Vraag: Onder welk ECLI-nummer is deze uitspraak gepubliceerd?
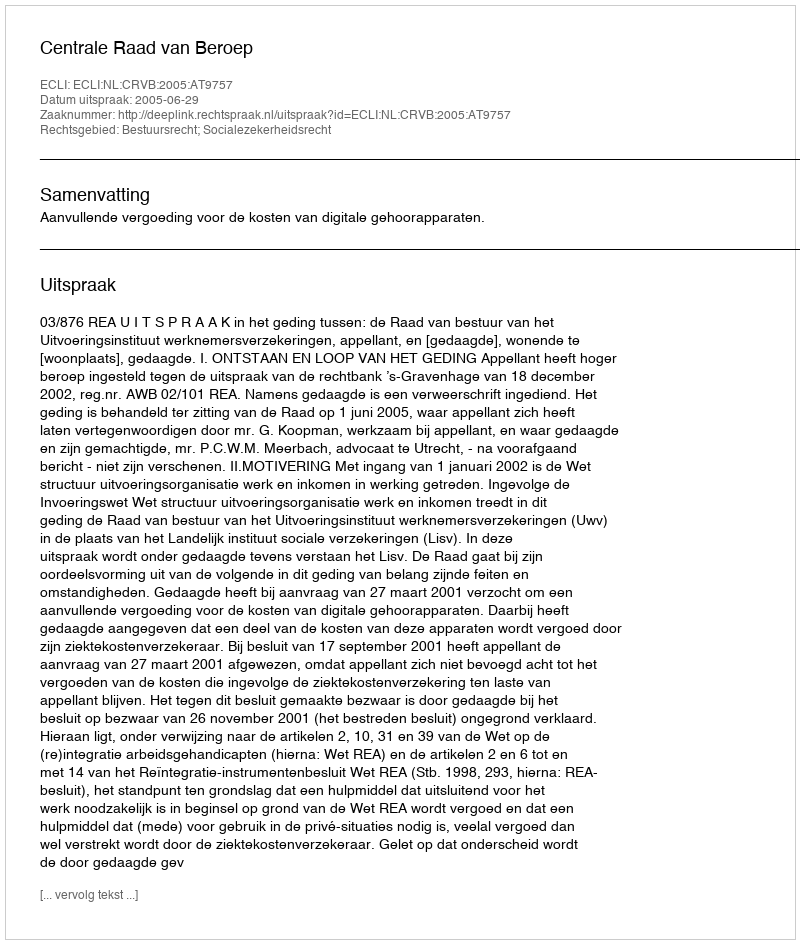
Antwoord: ECLI:NL:CRVB:2005:AT9757